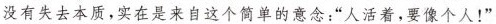
没有失去本质,实在是来自这个简单的意念:“人活着，要像个人!”